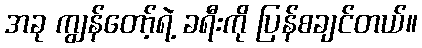
အခု ကျွန်တော့်ရဲ့ ခရီးကို ပြန်စချင်တယ်။